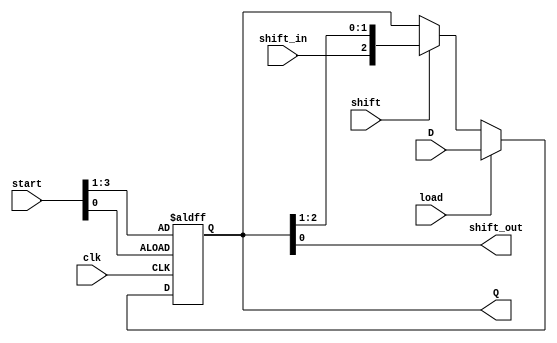
module shift_out_register
#(parameter WIDTH = 3)
(
    input [WIDTH:0] start,
    input clk,
    input load,
    input shift,
    input [(WIDTH-1):0] D,
    input shift_in,
    output [(WIDTH-1):0] Q,
    output shift_out
);

    reg [(WIDTH-1):0] shift_reg; 

    always @(posedge start[0] or posedge clk) begin
        if (start[0]) begin
            shift_reg <= start[WIDTH:1];
        end
        else begin
            if (load) begin
                shift_reg <= D;
            end
            else if (shift) begin
                if (WIDTH == 1) begin
                    shift_reg <= shift_in;
                end
                else begin
                    shift_reg <= {shift_in, shift_reg[(WIDTH-1):1]};
                end
            end
        end
    end
    
    assign shift_out = shift_reg[0];
    assign Q = shift_reg; 
endmodule